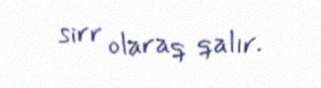
sirr olaraq qalır.